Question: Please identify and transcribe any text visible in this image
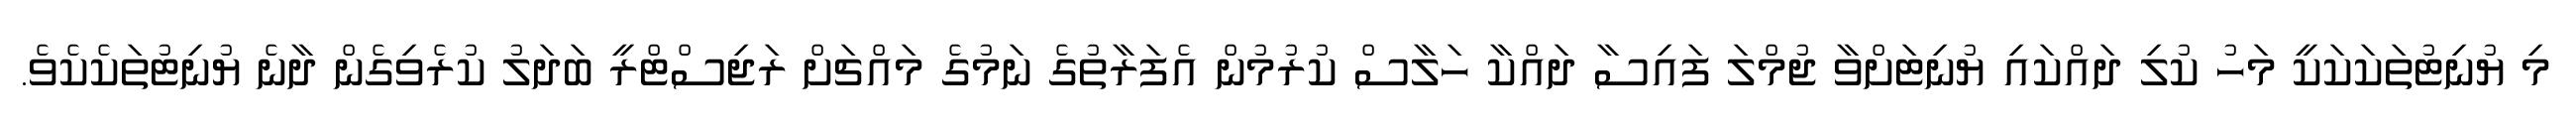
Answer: މި ޔުނިޓުތަކަކަކީ މަހު ކުލި ދައްކައި ޔުނިޓަށްވާ ޖުމްލަ ފައިސާ ދައްކާ ހަލާސް ކުރުމުން އެފަރާތުގެ ނަމުގެ މައްޗަށް ރަޖިސްޓްރީ ބަދަލު ކުރެވިގެން ދާނެ ޔުނިޓުތަކެކެވެ.